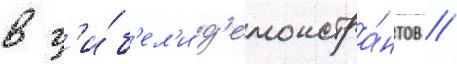
в г'и́б'ел'и д'емонстра́нтов //